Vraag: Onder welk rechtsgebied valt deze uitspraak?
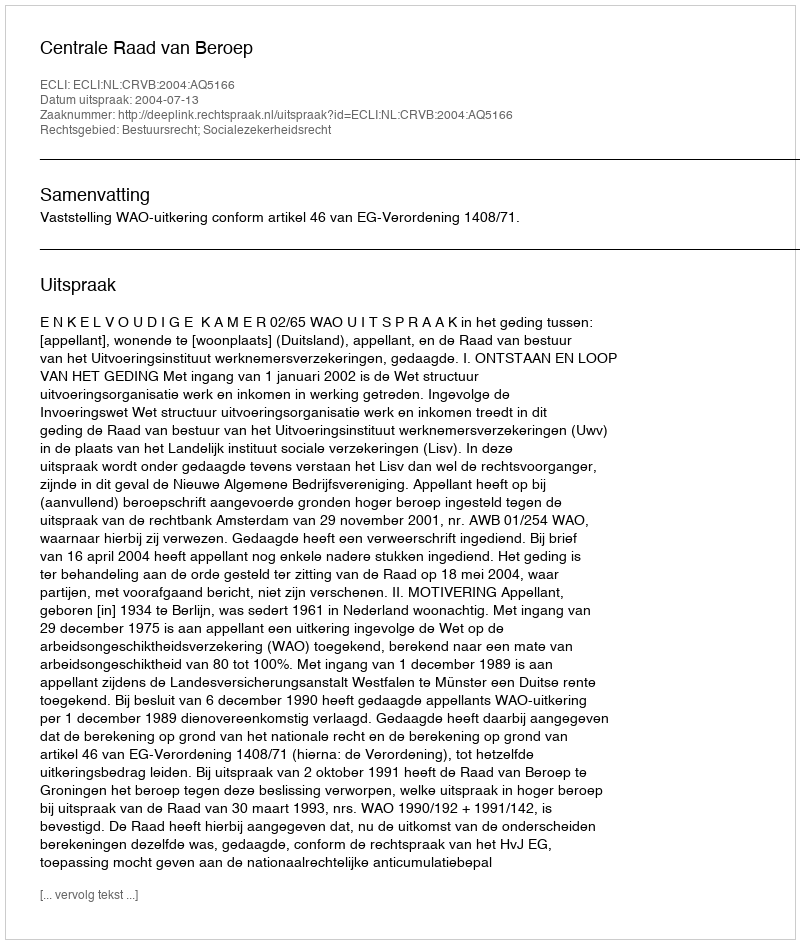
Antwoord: Bestuursrecht; Socialezekerheidsrecht